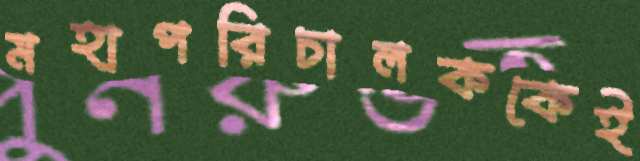
মহাপরিচালককেই